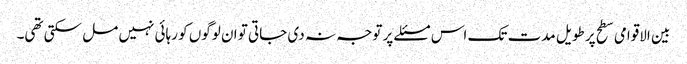
بین الاقوامی سطح پر طویل مدت تک اس مسئلے پر توجہ نہ دی جاتی تو ان لوگوں کو رہائی نہیں مل سکتی تھی۔